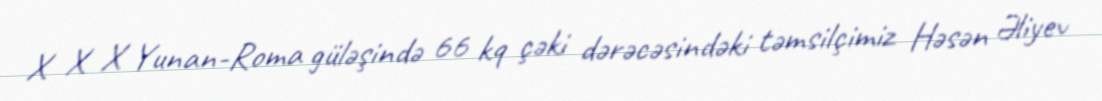
X X X Yunan-Roma güləşində 66 kq çəki dərəcəsindəki təmsilçimiz Həsən Əliyev